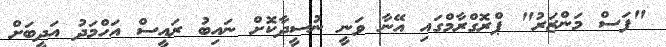
"ފަސް މަންޒަރު" ޕްރޮގްރާމްގައި އޭނާ ވަނީ ނުސީދާކޮށް ނައިބު ރައީސް އަހްމަދު އަދީބަށް